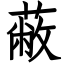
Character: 蔽